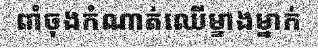
ពាំចុងកំណាត់ឈើម្ខាងម្នាក់